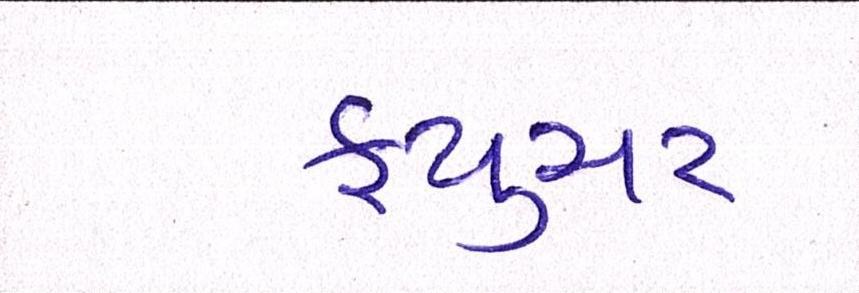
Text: ફ્યુચર